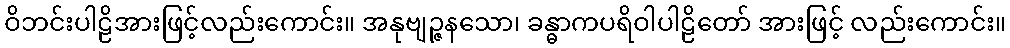
ဝိဘင်းပါဠိအားဖြင့်လည်းကောင်း။ အနုဗျဉ္ဇနသော၊ ခန္ဓာကပရိဝါပါဠိတော် အားဖြင့် လည်းကောင်း။